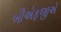
બીએફજીએ